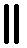
။